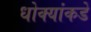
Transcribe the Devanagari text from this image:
धोक्यांकडे